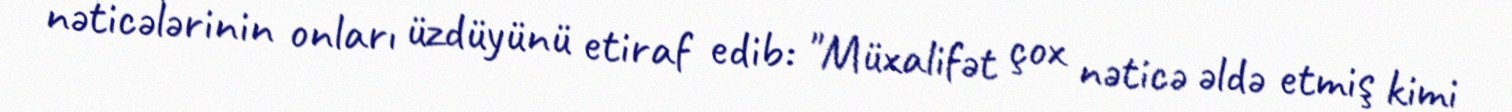
nəticələrinin onları üzdüyünü etiraf edib: "Müxalifət çox nəticə əldə etmiş kimi